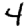
Digit: 4